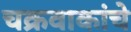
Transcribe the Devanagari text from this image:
चक्रवाकांचे